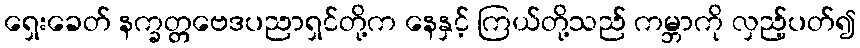
ရှေးခေတ် နက္ခတ္တဗေဒပညာရှင်တို့က နေနှင့် ကြယ်တို့သည် ကမ္ဘာကို လှည့်ပတ်၍